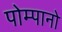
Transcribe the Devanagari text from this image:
पोम्पानो